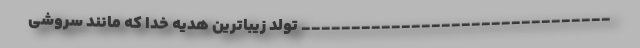
_______________________________ تولد زیباترین هدیه خدا که مانند سروشی